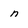
Character: n